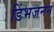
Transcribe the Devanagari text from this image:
डिंभजनन